Serum-therapy of plague in India - Number 20
Disease focus: Plague
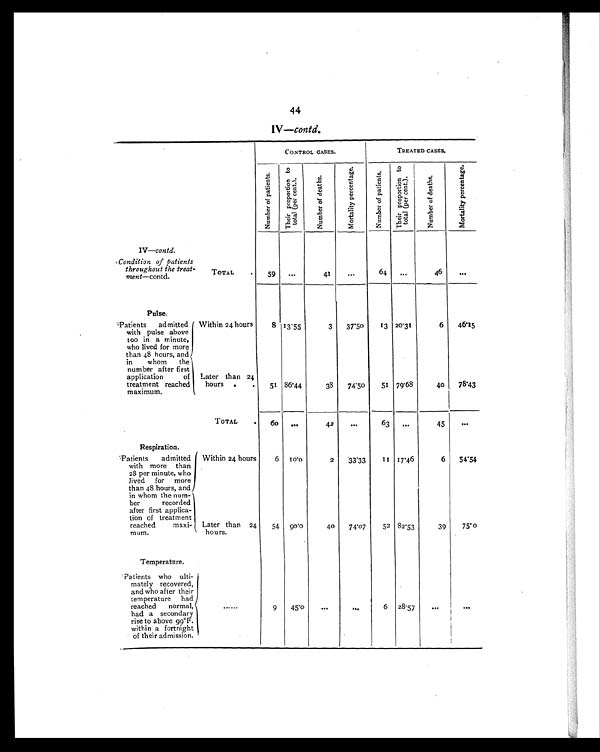
44
IV — contd.
CONTROL CASES.
TREATED CASES.
N u m b e r o f p a t i e n t s
T h e i r p r o p o r t i o n t o t o t a l ( p e r c e n t ) .
N u m b e r o f d e a t h s
M o r t a l i t y p e r c e n t a g e N u m b e r o f p a t i e n t s
T H e i r p r o p o r t i o n t o t o t a l ( p e r c e n t ) .
N u m b e r o f d e a t h s
M o r t a l i t y p e r c e n t a g e
IV— contd.
Condition of patients
throughout the treat-
ment—contd .
TOTAL
.
59
. . .
41
. . .
64
. . .
46
. . .
Pulse.
Patients admitted
with pulse above
100 in a minute,
who lived for more
than 48 hours, and
in whom the
number after first
application of
treatment reached
maximum.
Within 24 hours
8 13.55
3
37.50
13 20.31
6
46.15
Later than 24
hours
.
.
51 86.44
38
74.50
51 79.68
40
78.43
TOTAL
.
60
...
42
. . . 63
...
45
. . .
Respiration.
Patients admitted
with more than
28 per minute, who
lived for more
than 48 hours, and
in whom the num-
ber recorded
after first applica-
tion of treatment
reached maxi-
mum.
Within 24 hours
Later than 24
hours.
6
54
1 0 . 0
9 0 . 0
2
40
33.33
74.07
1 1
52
1 7 . 4 6
82.53
6
39
54.54
75.0
Temperature.
Patients who ulti-
mately recovered,
and who after their
temperature had
reached normal
had a secondary
rise to above 99°F.
within a fortnight
of their admission.
.....
9
45.0
...
. . .
6 28.57
. . .
. . .